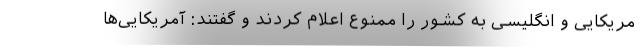
مریکایی و انگلیسی به کشور را ممنوع اعلام کردند و گفتند: آمریکایی‌ها